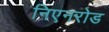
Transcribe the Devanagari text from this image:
निएनरोड